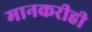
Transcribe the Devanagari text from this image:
मानकरीही